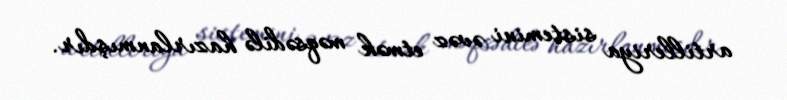
artilleriya sistemini əvəz etmək məqsədilə hazırlanmışdır.